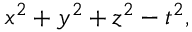
x ^ { 2 } + y ^ { 2 } + z ^ { 2 } - t ^ { 2 } ,